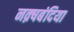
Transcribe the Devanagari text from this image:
नक़्षबंदिया